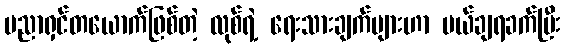
ပညာရှင်တယောက်ဖြစ်တဲ့ လုစ်ရဲ့ ရေးသားချက်များဟာ ပယ်ချရခက်ပြီး